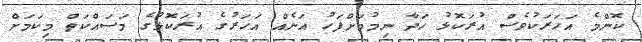
ކޮންމެ އަހަރަކުވެސް އުރަކޮޅު ހަދާ ނިމުމަށްފަހު އަނެއް އަހަރުގެ އުރަކޮޅުގެ މަސައްކަތް މިކަމަށް